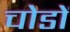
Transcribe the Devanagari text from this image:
चोडों